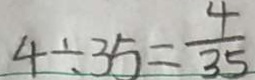
4 \div 3 5 = \frac { 4 } { 3 5 }